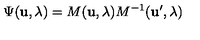
\Psi ( { \bf u } , \lambda ) = M ( { \bf u } , \lambda ) M ^ { - 1 } ( { \bf u ^ { \prime } } , \lambda )